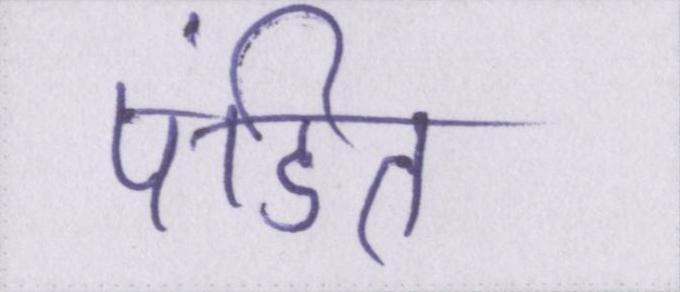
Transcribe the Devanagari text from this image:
पंडित